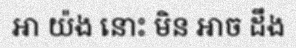
ឤ យ៉ង នោះ មិន ឤច ដឹង